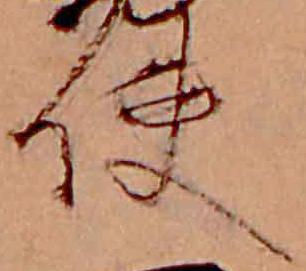
使